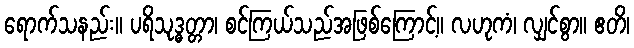
ရောက်သနည်း။ ပရိသုဒ္ဓတ္တာ၊ စင်ကြယ်သည်အဖြစ်ကြောင့်။ လဟုကံ၊ လျှင်စွာ။ ဧတိ၊